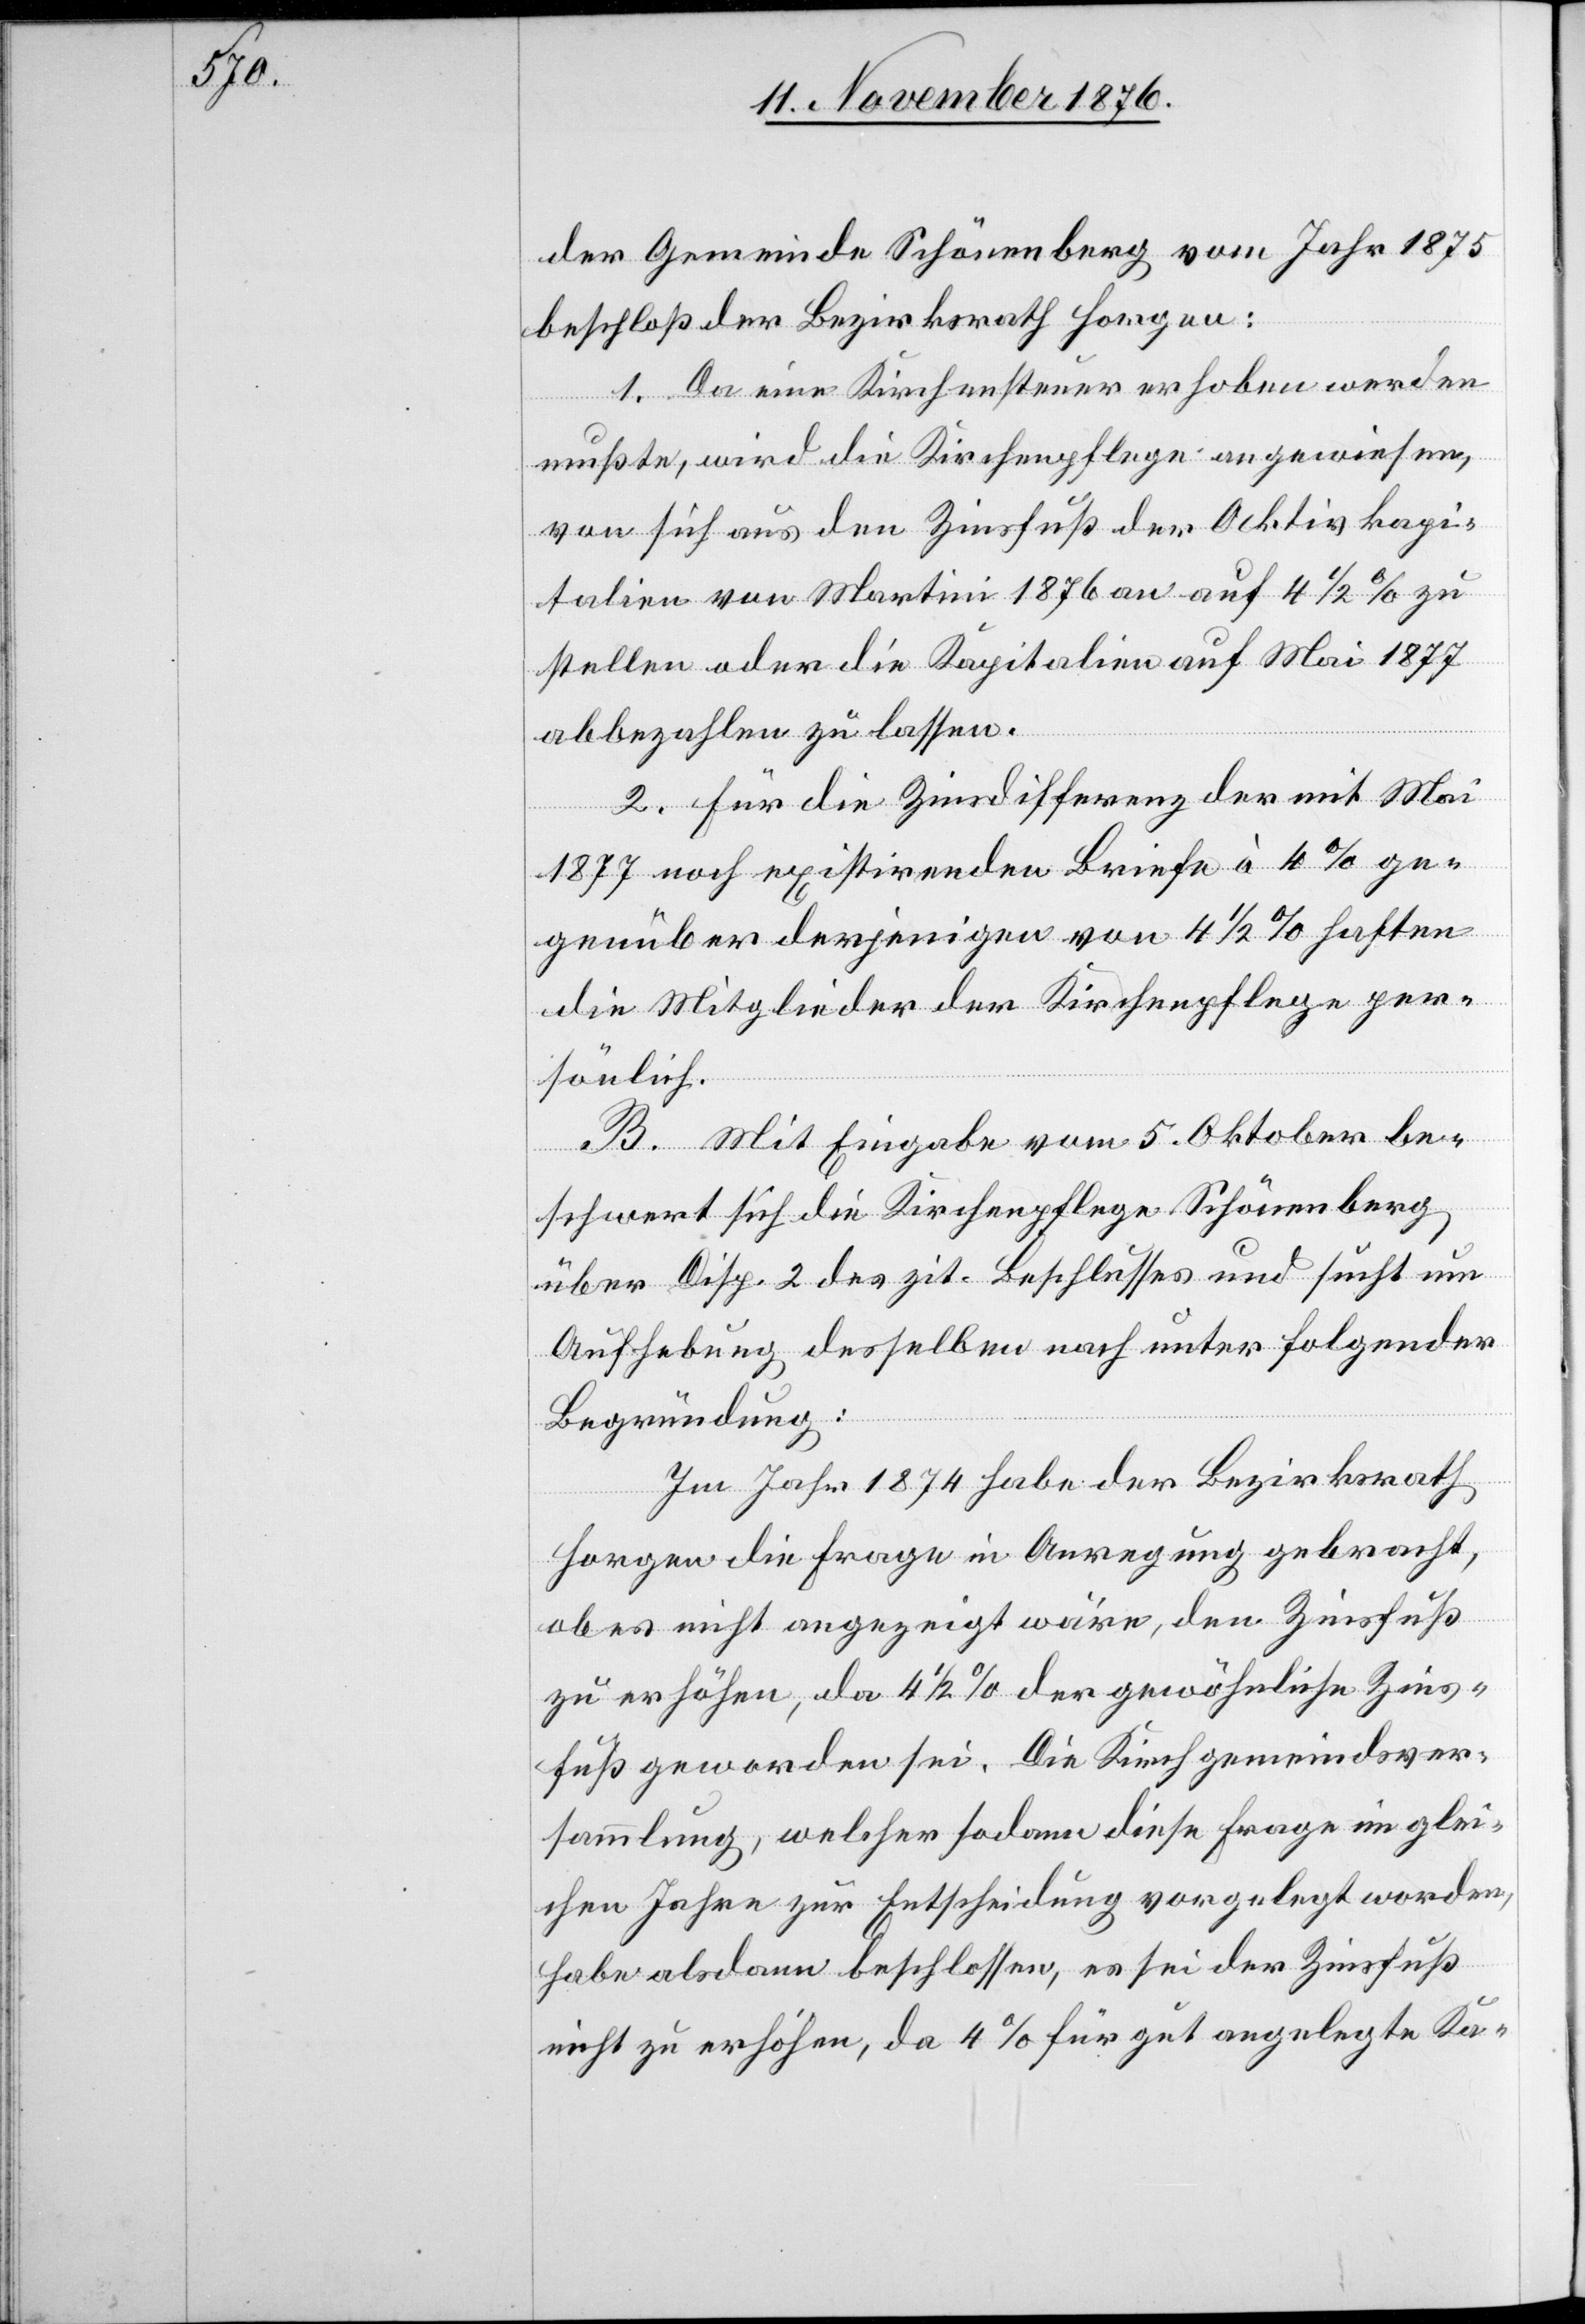
der Gemeinde Schönenberg vom Jahr 1875
beschloß der Bezirksrath Horgen:
1. Da eine Kirchensteuer erhoben werden
mußte, wird die Kirchenpflege angewiesen,
von sich aus den Zinsfuß der Aktivkapi¬
talien von Martini 1876 an auf 4 1/2% zu
stellen oder die Kapitalien auf Mai 1877
abbezahlen zu lassen.
2. Für die Zinsdifferenz der mit Mai
1877 noch existirenden Briefe à 4% ge¬
genüber derjenigen von 4 1/2% haften
die Mitglieder der Kirchenpflege per¬
sönlich.
B. Mit Eingabe vom 5. Oktober be¬
schwert sich die Kirchenpflege Schönenberg
über die Disp. 2 des zit. Beschlusses und sucht um
Aufhebung desselben nach unter folgender
Begründung:
Im Jahr 1874 habe der Bezirksrath
Horgen die Frage in Anregung gebracht,
ob es nicht angezeigt wäre, den Zinsfuß
zu erhöhen, da 4 1/2% der gewöhnliche Zins¬
fuß geworden sei. Die Kirchgemeindsver¬
sammlung, welcher sodann diese Frage im glei¬
chen Jahre zur Entscheidung vorgelegt worden,
habe alsdann beschlossen, es sei der Zinsfuß
nicht zu erhöhen, da 4% für gut angelegte Ka-